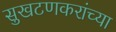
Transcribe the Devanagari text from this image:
सुखटणकरांच्या